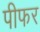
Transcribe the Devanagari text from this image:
पीफर